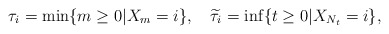
\begin{align*} \tau_i=\min\{m\ge 0|X_m=i\},\quad\widetilde{\tau}_i=\inf\{t\ge 0|X_{N_t}=i\},\end{align*}